Rakvere_kinnistusamet, lk 33
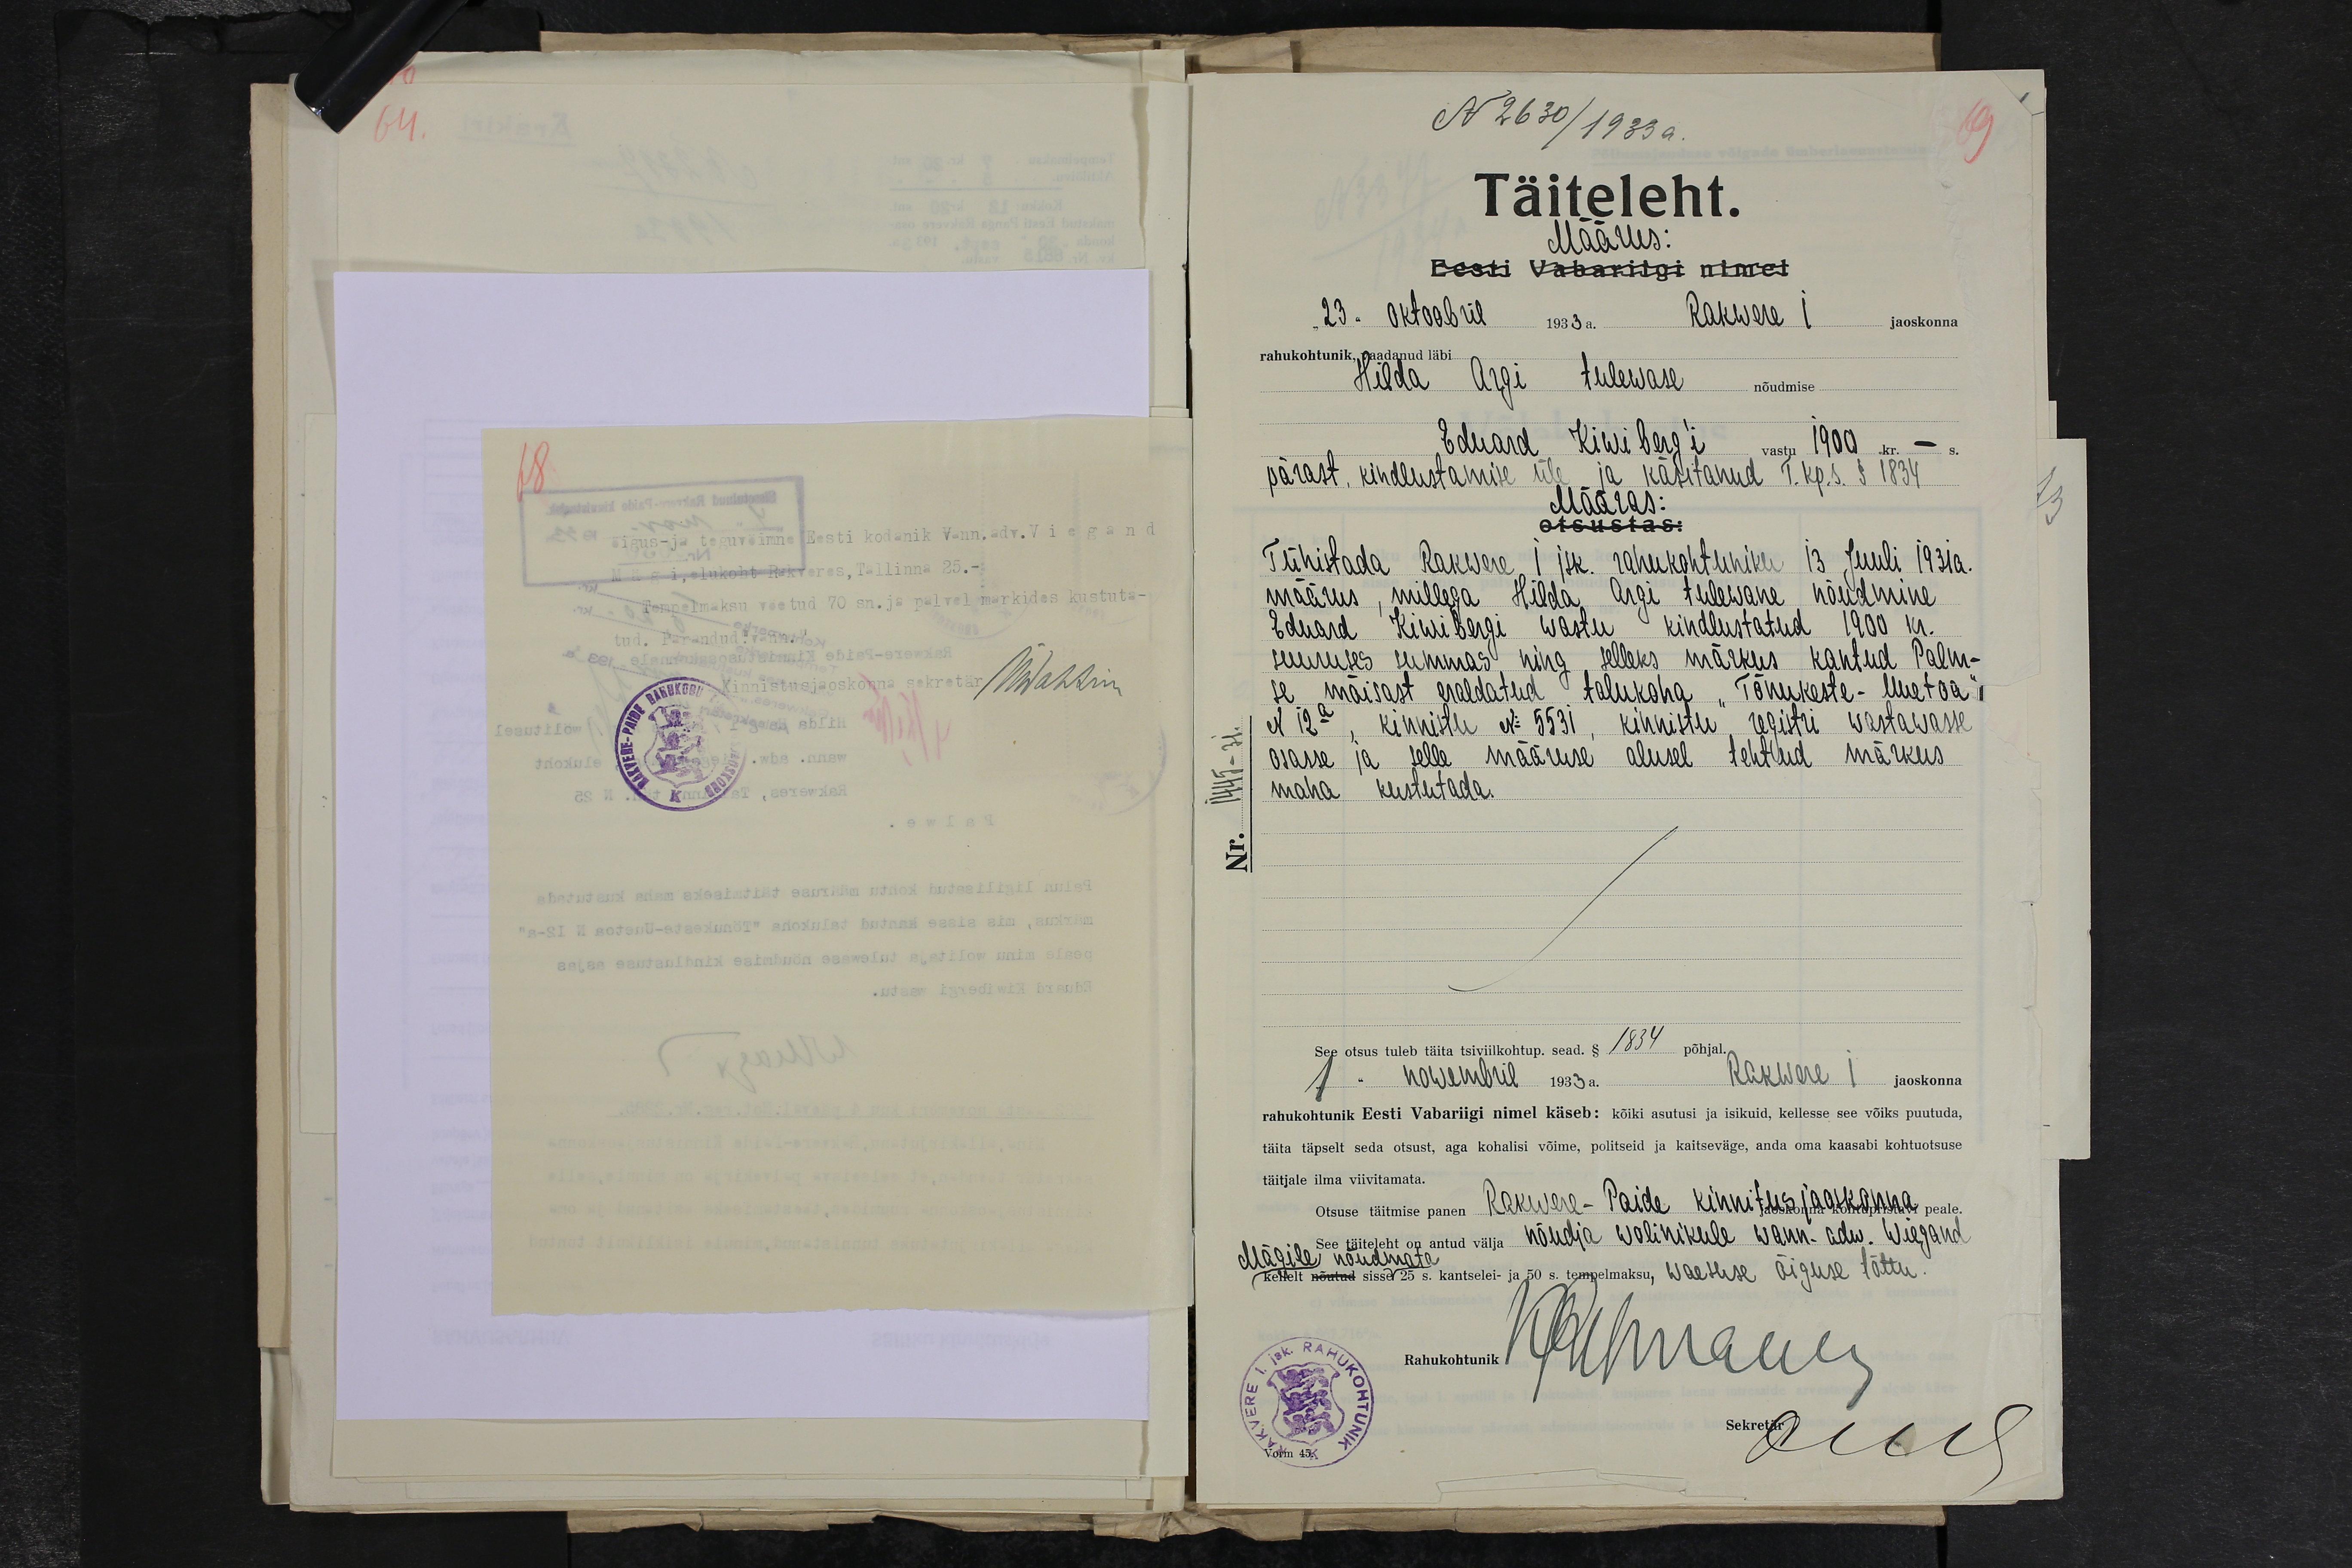
N 2630/1933 a.
Täiteleht.
Määrus:
Eesti Vabariigi nimel
"23" oktoobril 1933. Rakwere I jaoskonna
rahukohtunik, vaadanud läbi
Hilda Argi tulewase nõudmise
Eduard Kiwibergi wastu 1900 kr.
pärast, kindlustamise üle - ja käsitanud T. kp. s. § 1834
Määras:
otsustas:
Tühistada Rakwere I jsk. rahukohtuniku 13 Juuli 1931 a.
määrus, millega Hilda Argi tulewane nõudmine
Eduard Kiwibergi wastu kindlustatud 1900 kr.
suuruses summas ning selleks märkus kantud Palm-
se mõisast eraldatud talukoha "Tõnukeste-Uuetoa"
N 12a, kinnistu No 5531 kinnistu registri wastawasse
osasse ja selle määruse alusel tehtud märkus
maha kustutada.
See otsus tuleb täita tsiviikohtup. sead. § 1834 põhjal.
1" nowembril 1933 a.
Rakwere I jaoskonna
rahukohtunik Eesti Vabariigi nimel käseb: kõiki asutusi ja isikuid, kellesse see võiks puutuda,
täita täpselt seda otsust, aga kohalisi võime, politseid ja kaitseväge, anda oma kaasabi kohtuotsuse
täitjale ilma viivitamata.
Otsuse täitmise panen Rakwere-Paide kinnistus jaoskonna peale
See täiteleht on antud välja nõudja wolinikule wann. adw. Wiegand
Mägile nõudmata
kellelt nõutud sisse 25. kantselei ja 50 s. tempelmaksu, waestuse õiguse tõttu.
Rahukohtunik
Sekretär: